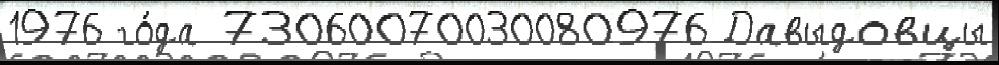
1976 го́да 73060070030080976 Давыдовцы